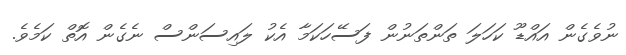
ނުވެގެން އައްޑޫ ކަހަލަ ތަންތަނުން ފަސޭހަކަމާ އެކު ލައިސަންސް ނެގެން އޮތް ކަމެވެ.